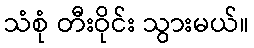
သံစုံ တီးဝိုင်း သွားမယ်။